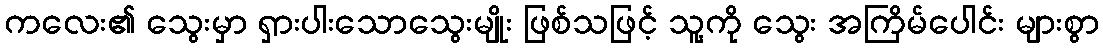
ကလေး၏ သွေးမှာ ရှားပါးသောသွေးမျိုး ဖြစ်သဖြင့် သူ့ကို သွေး အကြိမ်ပေါင်း များစွာ